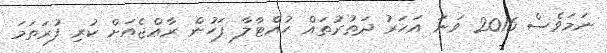
ނަމަވެސް 2016 ވަނަ އަހަރު ދަތުރުތައް ހުއްޓާލާ ފަހުން ރާޢްޖެއަށް ކުރި ފުރަތަމަ